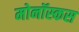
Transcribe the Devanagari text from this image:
मोनॉस्कस